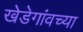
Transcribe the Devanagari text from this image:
खेडेगांवच्या